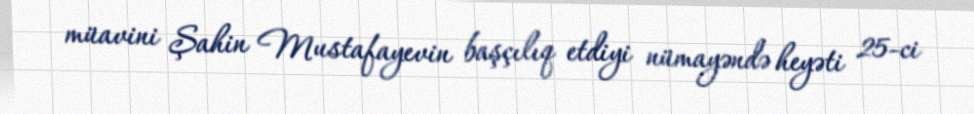
müavini Şahin Mustafayevin başçılıq etdiyi nümayəndə heyəti 25-ci